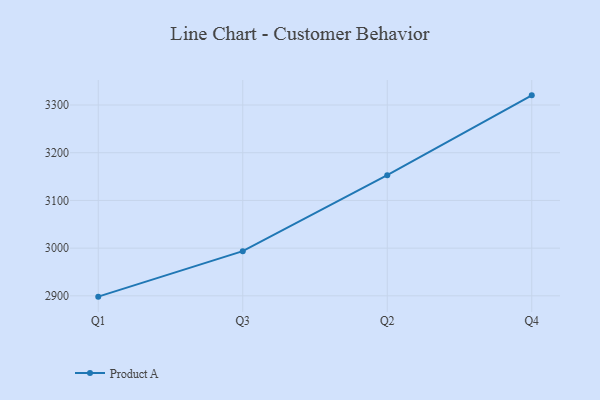
{"axis": {"x": "Quarter", "y": "Page Views"}, "legend": ["Product A"], "data": [{"x": "Q1", "y": 2898.3, "type": "Product A"}, {"x": "Q3", "y": 2993.7, "type": "Product A"}, {"x": "Q2", "y": 3153.0, "type": "Product A"}, {"x": "Q4", "y": 3320.3, "type": "Product A"}]}